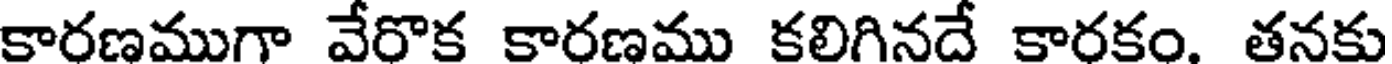
కారణముగా వేరొక కారణము కలిగినదే కారకం. తనకు